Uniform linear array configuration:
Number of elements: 16
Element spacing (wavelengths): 1
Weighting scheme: hann
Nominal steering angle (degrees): -45
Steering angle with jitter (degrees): -44.9
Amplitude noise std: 0.05
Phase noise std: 0.05

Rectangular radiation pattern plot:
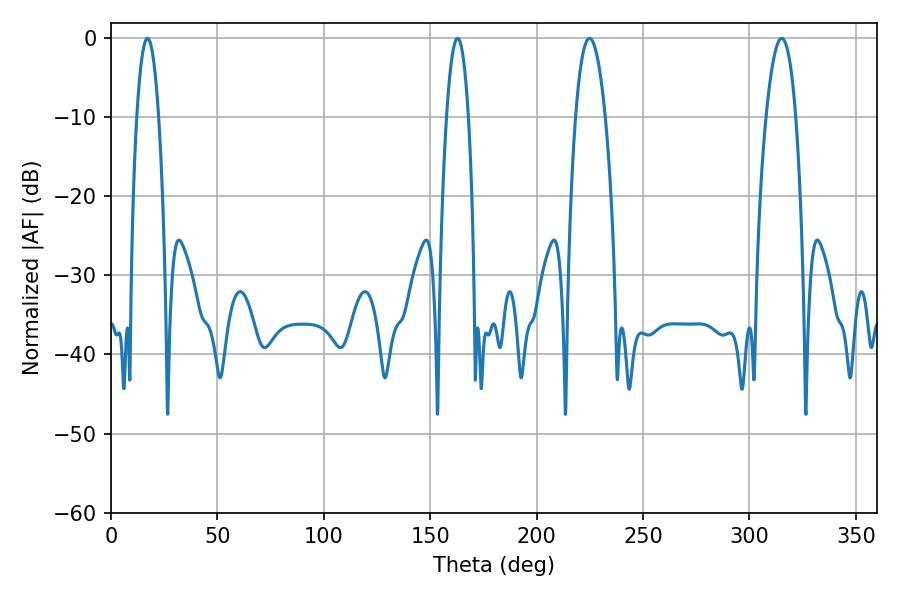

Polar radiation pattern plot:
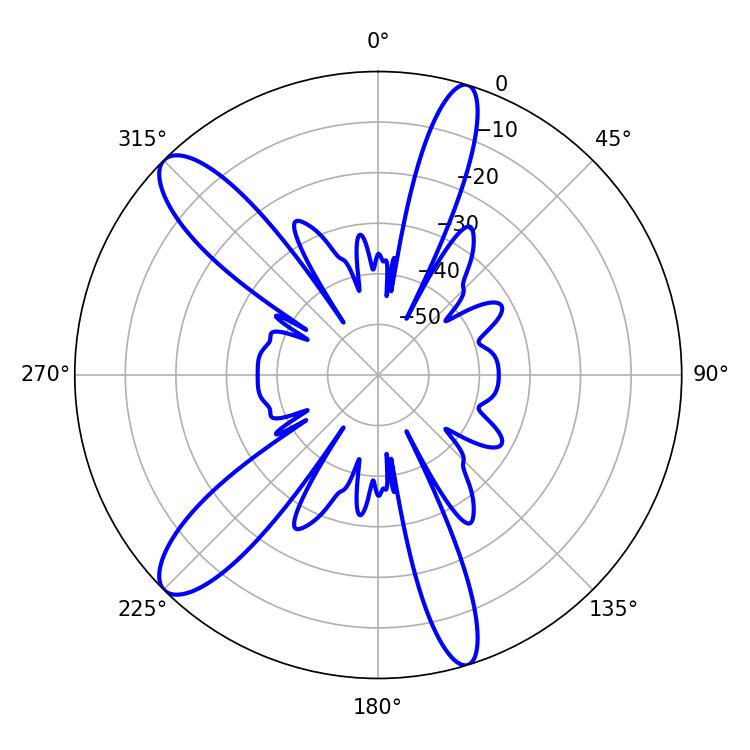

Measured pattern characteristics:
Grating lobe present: TRUE
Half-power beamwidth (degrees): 7.74
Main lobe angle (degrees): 224.82